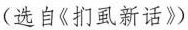
(选自《扪虱新话》)